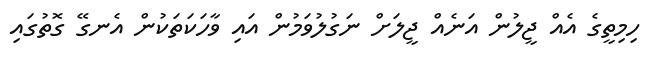
ހިމިތީގެ އެއް ޖީލުން އަނެއް ޖީލަށް ނަގުލުވަމުން އައި ވާހަކަތަކުން އެނގޭ ގޮތުގައި